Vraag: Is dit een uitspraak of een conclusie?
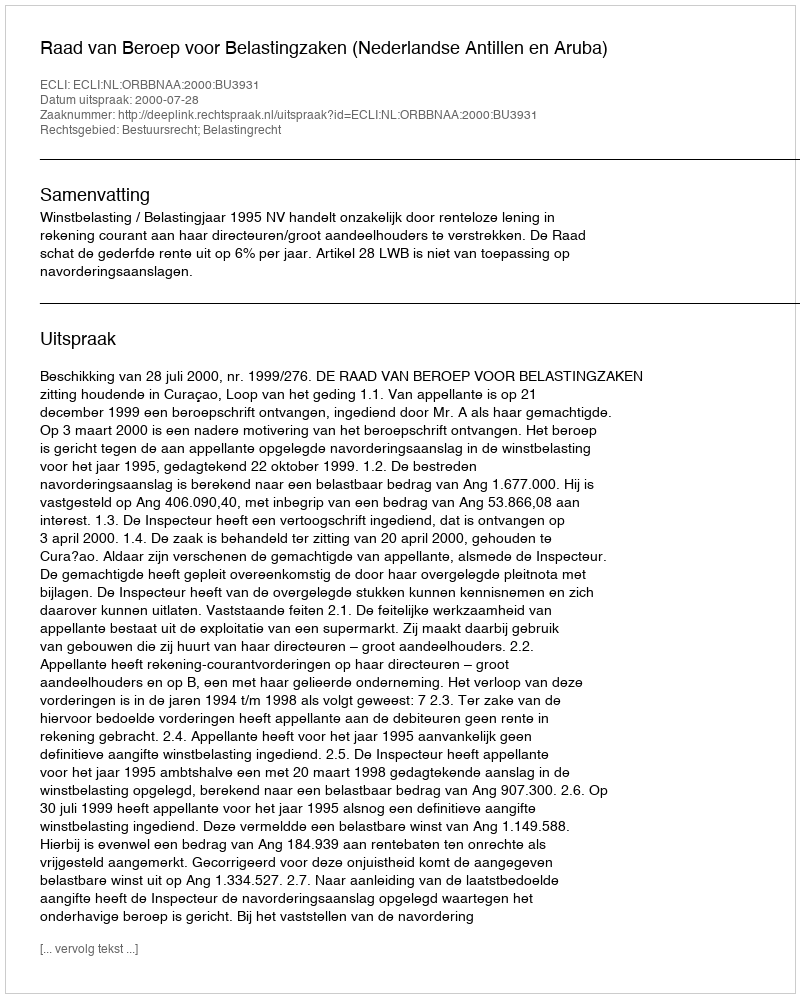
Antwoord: Uitspraak